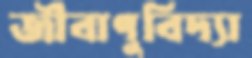
জীবাণুবিদ্যা